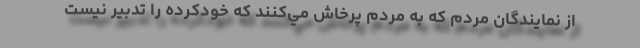
از نمايندگان مردم كه به مردم پرخاش مي‌كنند كه خودكرده را تدبير نيست